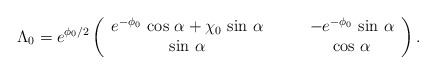
\begin{align*}\Lambda_0 = e^{\phi_0 /2}\left(\begin{array}{cc} e^{-\phi_0}\, \cos\,\alpha + \chi_0\,\sin\,\alpha \qquad& - e^{-\phi_0}\,\sin\,\alpha \\ \sin\,\alpha \qquad& \cos\,\alpha \end{array}\right).\end{align*}